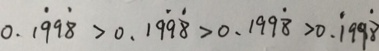
0 . 1 \dot { 9 } 9 \dot { 8 } > 0 . 1 9 \dot { 9 } \dot { 8 } > 0 . 1 9 9 \dot { 8 } > 0 . \dot { 1 } 9 9 \dot { 8 }